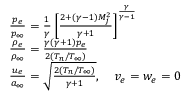
\begin{array} { r l } & { \frac { p _ { e } } { p _ { \infty } } = \frac { 1 } { \gamma } \left[ \frac { 2 + ( \gamma - 1 ) M _ { j } ^ { 2 } } { \gamma + 1 } \right] ^ { \frac { \gamma } { \gamma - 1 } } } \\ & { \frac { \rho _ { e } } { \rho _ { \infty } } = \frac { \gamma ( \gamma + 1 ) p _ { e } } { 2 ( T _ { n } / T _ { \infty } ) } } \\ & { \frac { u _ { e } } { a _ { \infty } } = \sqrt { \frac { 2 ( T _ { n } / T _ { \infty } ) } { \gamma + 1 } } , \quad v _ { e } = w _ { e } = 0 } \end{array}